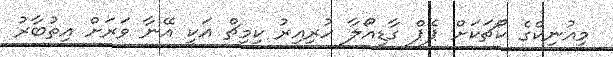
މިއުނިކްގެ ކޯޗަކަށް ޕެޕް ގާޑިއޯލާ ހުރިއިރު ކިމިޗް އަކީ އޭނާ ވަރަށް އިތުބާރު